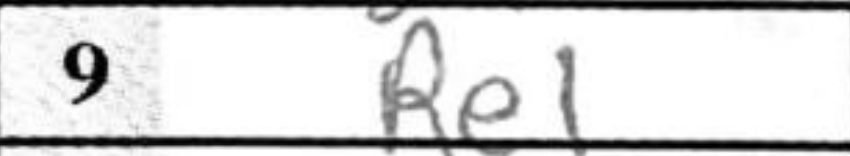
Transcription: Re1